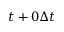
t + 0 \Delta t